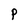
Character: P